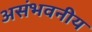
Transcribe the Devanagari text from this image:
असंभवनीय